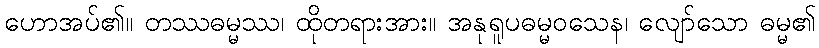
ဟောအပ်၏။ တဿဓမ္မဿ၊ ထိုတရားအား။ အနုရူပဓမ္မဝသေန၊ လျော်သော ဓမ္မ၏